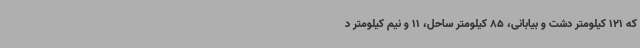
که 121 کیلومتر دشت و بیابانی، 85 کیلومتر ساحل، 11 و نیم کیلومتر د